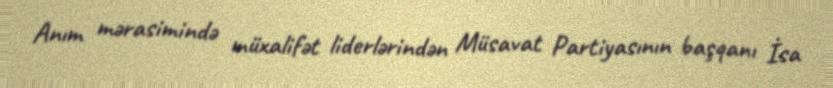
Anım mərasimində müxalifət liderlərindən Müsavat Partiyasının başqanı İsa